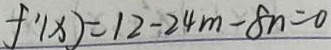
f ^ { \prime } ( x ) = 1 2 - 2 4 m - 8 n = 0